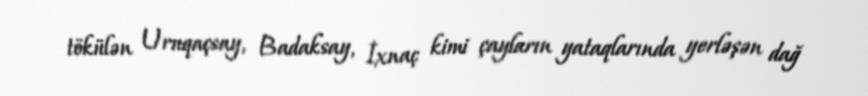
tökülən Uruqaçsay, Badaksay, İxnaç kimi çayların yataqlarında yerləşən dağ